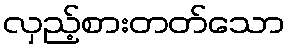
လှည့်စားတတ်သော